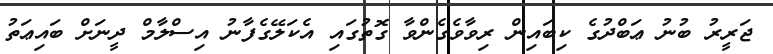
ޖަރީރު ބުނު ޢަބްދުގެ ކިބައިން ރިވާވެގެންވާ ގޮތުގައި އެކަލޭގެފާނު އިސްލާމް ދީނަށް ބައިޢަތު